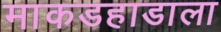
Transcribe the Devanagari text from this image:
माकडहाडाला